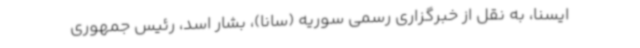
ایسنا، به نقل از خبرگزاری رسمی سوریه (سانا)، بشار اسد، رئیس جمهوری